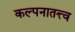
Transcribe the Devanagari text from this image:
कल्पनातत्त्व